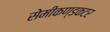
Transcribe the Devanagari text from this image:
सेमीकण्डकटर